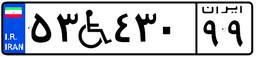
۴۳W۶۷۵۵۵